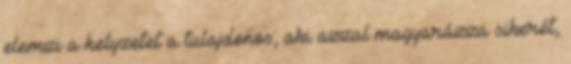
elemzi a helyzetet a tulajdonos, aki azzal magyarázza sikerét,